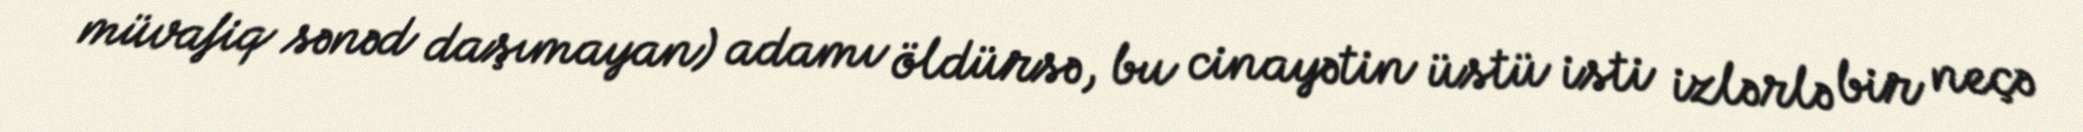
müvafiq sənəd daşımayan) adamı öldürsə, bu cinayətin üstü isti izlərlə bir neçə